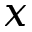
x